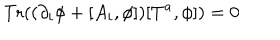
\mathrm { T r } ( ( \partial _ { i } \phi + [ A _ { i } , \phi ] ) [ T ^ { a } , \phi ] ) = 0